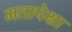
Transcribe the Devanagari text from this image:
मतापेक्षा